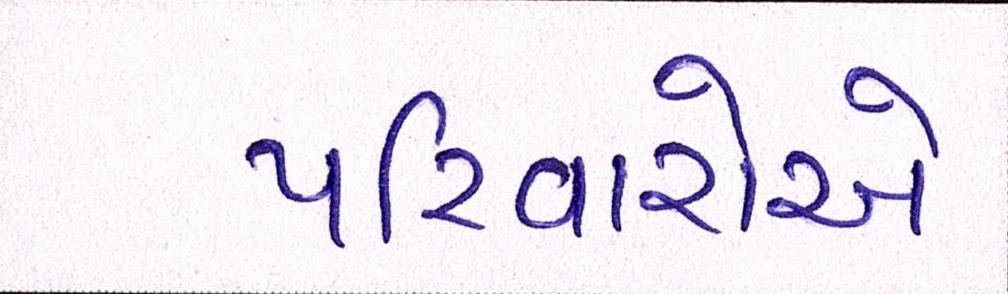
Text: પરિવારોએ